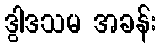
ဒွါဒသမ အခန်း